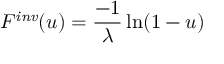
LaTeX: F ^ { \mathit { i n v } } ( u ) = { \frac { - 1 } { \lambda } } \ln ( 1 - u )